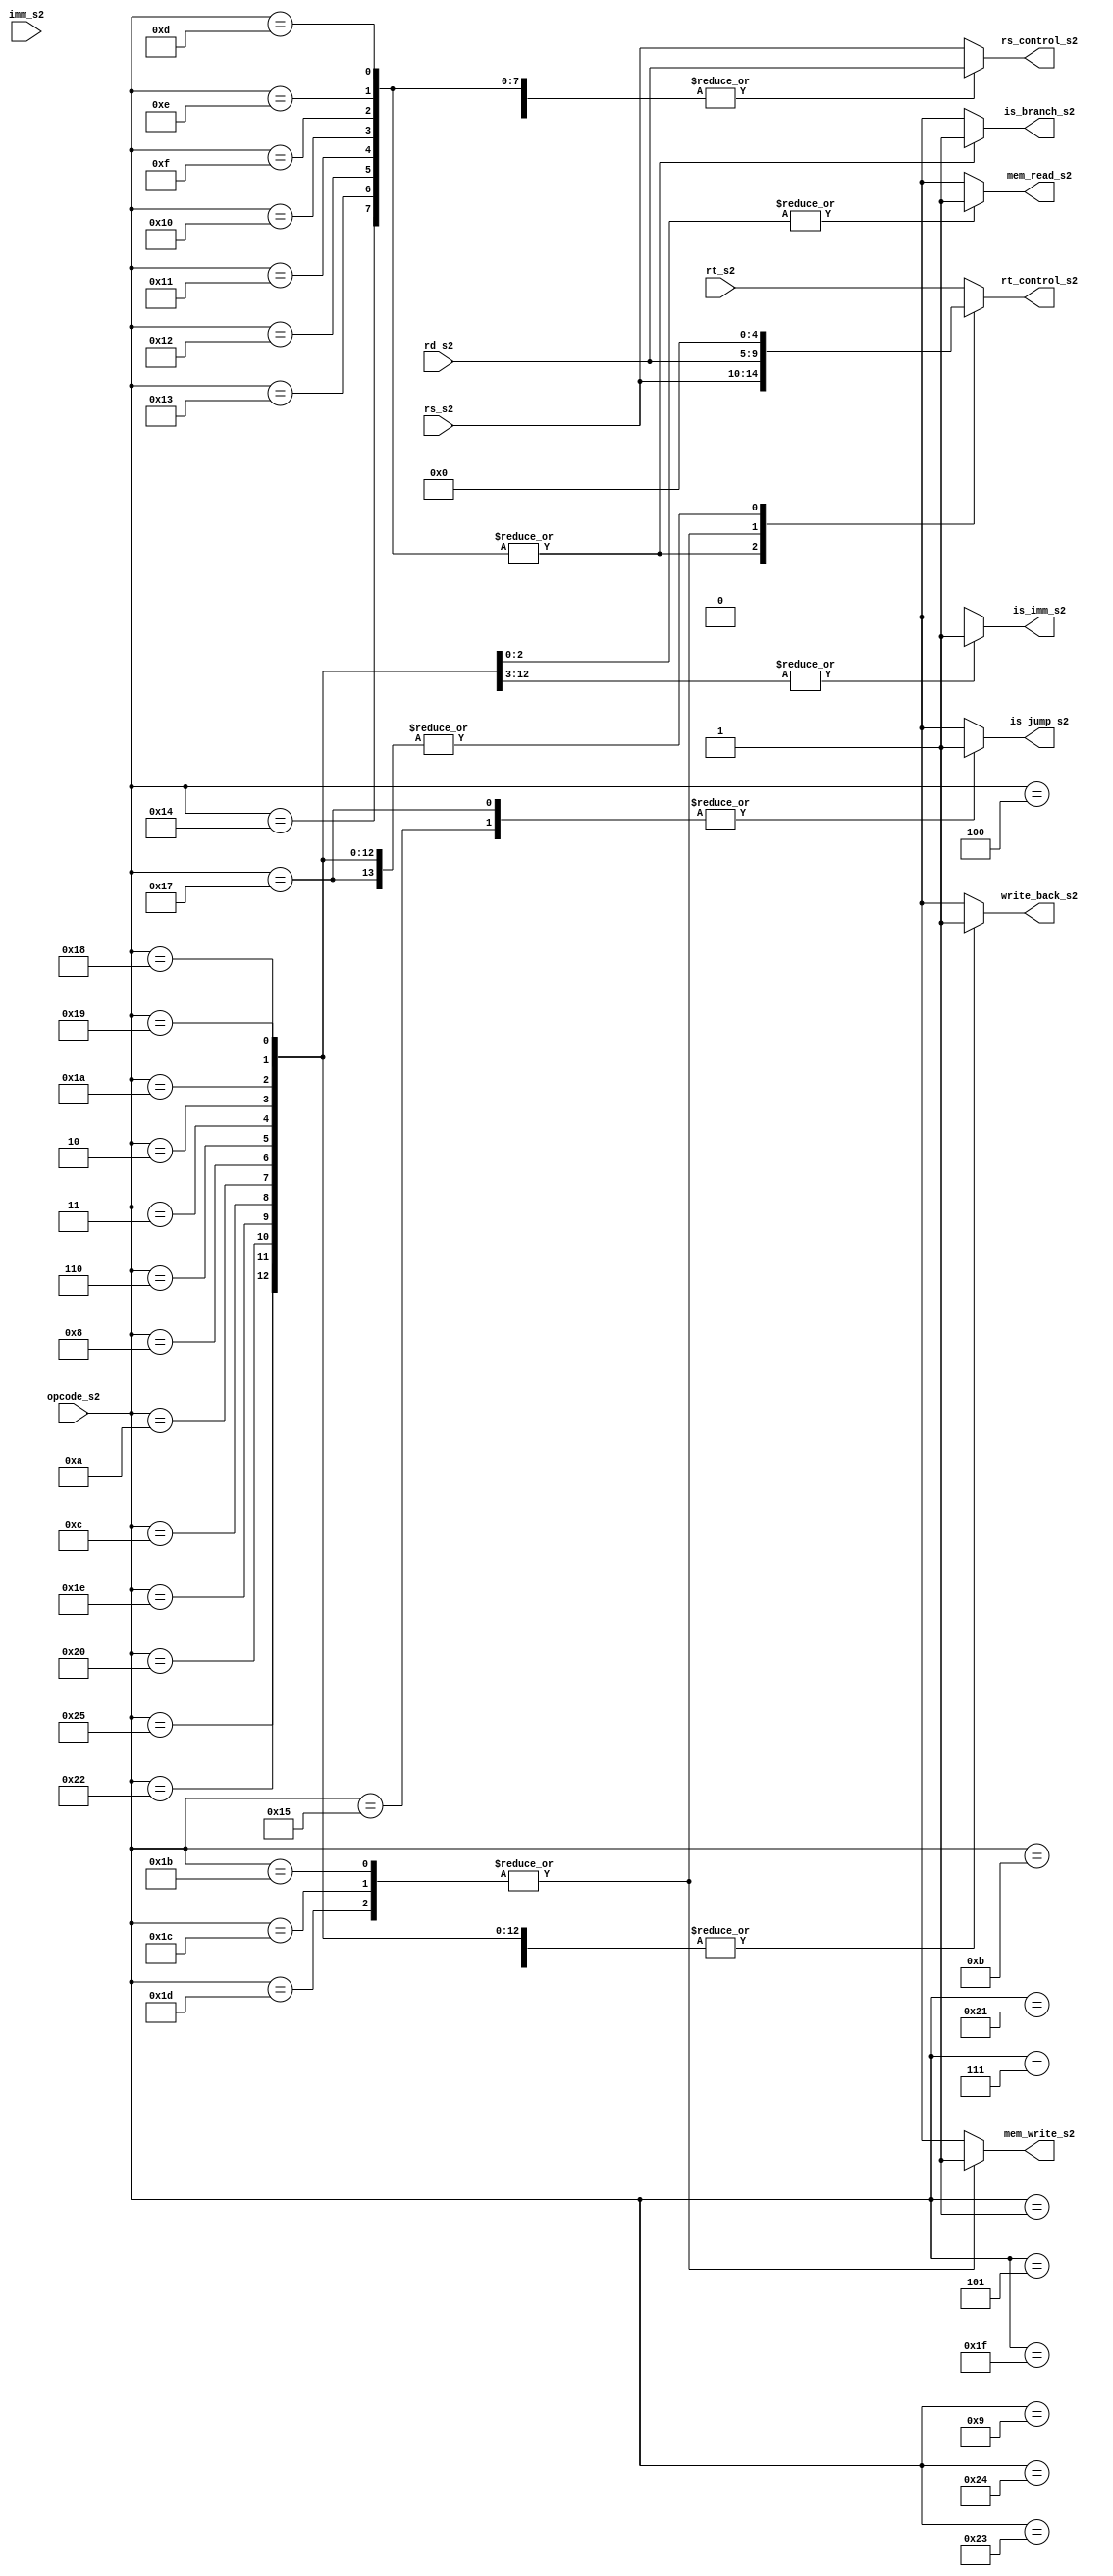
//////////////////////////////////////////////////////////////////////////////////
// Module Name: id_control
//////////////////////////////////////////////////////////////////////////////////
`ifndef _id_control
`define _id_control

module id_control(
    input [5:0] opcode_s2,
    input [15:0] imm_s2,
    input [4:0] rd_s2,
    input [4:0] rs_s2,
    input [4:0] rt_s2,
    output reg is_imm_s2,
    output reg is_branch_s2,
    output reg is_jump_s2,
    output reg mem_read_s2,
    output reg mem_write_s2,
    output reg write_back_s2,
    output reg [4:0] rs_control_s2,
    output reg [4:0] rt_control_s2
    );
    always @(*) begin
        //default
        is_imm_s2 <= 1'b0;
        is_branch_s2 <= 1'b0;
        is_jump_s2 <= 1'b0;
        mem_read_s2 <= 1'b0;
        mem_write_s2 <= 1'b0;
        write_back_s2 <= 1'b0;
        // 
        rs_control_s2 <= rs_s2;
        rt_control_s2 <= rt_s2;
        
        case(opcode_s2)
            // 3
            // 'add', 'sub', 'and', 'or', 'nor', 'xor', 'sll', 'srl', 'sra', 'slt'
            6'd1,6'd4,6'd5,6'd7,6'd9,6'd11,6'd31,6'd33,6'd35,6'd36: begin
                 write_back_s2 <= 1'b1;
            end
            
            // 2 imm 
            // 'addi', 'addiu', 'andi', 'ori', 'nori', 'xori' 'slli', 'srli', 'srai', 'slti'
            6'd2,6'd3,6'd6,6'd8,6'd10,6'd12,6'd30,6'd32,6'd34,6'd37: begin
                write_back_s2 <= 1'b1;
                is_imm_s2 <= 1'b1;
                rt_control_s2 <= 5'b0; 
            end
            // 2 imm  
            // 'beq', 'beqz' ,'bne', 'bnez', 'bgt', 'bge', 'blt','ble'
            //  bnez beqz  rt0
            6'd13,6'd14, 6'd15,6'd16,6'd17,6'd18,6'd19,6'd20:begin
                is_branch_s2 <= 1'b1;
                rs_control_s2 <= rd_s2;
                rt_control_s2 <= rs_s2;
            end
            
            // 2
            // 'lb', 'lh', 'lw'
            6'd24,6'd25,6'd26: begin
                write_back_s2 <= 1'b1;
                mem_read_s2 <= 1'b1;
                rt_control_s2 <= 5'b0;
            end
            // 'sb', 'sh', 'sw'
            6'd27,6'd28,6'd29:begin
                mem_write_s2 <= 1'b1;
                rs_control_s2 <= rs_s2;
                rt_control_s2 <= rd_s2;
            end
            
            // imm
            // 'j'
            6'd21: begin
                is_jump_s2 <= 1'b1;
            end
            // 
            // 'jr'
            6'd23: begin
                is_jump_s2 <= 1'b1;
                rs_control_s2 <= rd_s2;
                rt_control_s2 <= 5'b0;
            end
        endcase
    end
    
    
endmodule
`endif